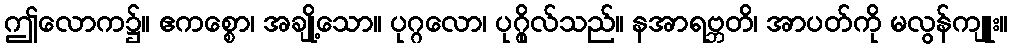
ဤလောက၌။ ဧကစ္စော၊ အချို့သော။ ပုဂ္ဂလော၊ ပုဂ္ဂိုလ်သည်။ နအာရဗ္ဘတိ၊ အာပတ်ကို မလွန်ကျူး။